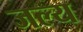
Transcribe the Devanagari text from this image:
जल्य